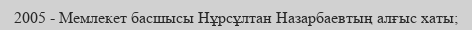
2005 - Мемлекет басшысы Нұрсұлтан Назарбаевтың алғыс хаты;